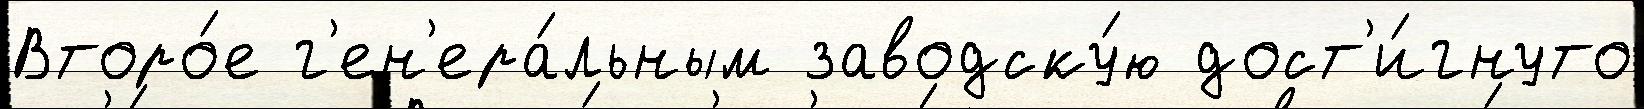
Второ́е г'ен'ера́льным заводску́ю дост'и́гнуто